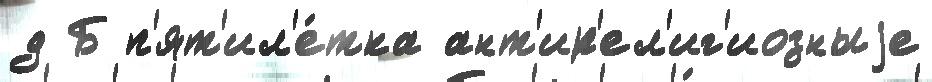
д Б п'ят'ил'е́тка ант'ир'ел'иг'иозныjе